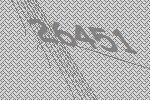
26451